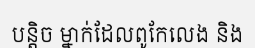
បន្តិច ម្នាក់ដែលពូកែលេង និង